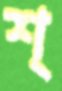
শ্